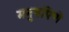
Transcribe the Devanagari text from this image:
मनुषपिणे